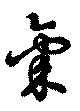
気